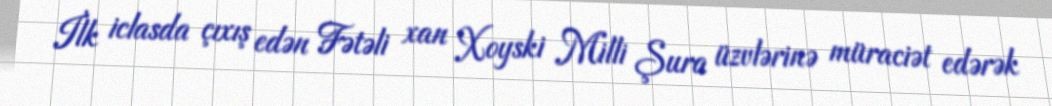
İlk iclasda çıxış edən Fətəli xan Xoyski Milli Şura üzvlərinə müraciət edərək